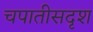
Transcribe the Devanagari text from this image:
चपातीसदृश